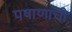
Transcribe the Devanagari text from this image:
पषाणाची